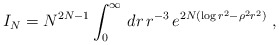
\begin{align*}I_N=N^{2N-1}\int_0^\infty\, dr\,r^{-3}\,e^{2N(\log r^2-\rho^2r^2)}\ ,\end{align*}